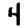
Digit: 4